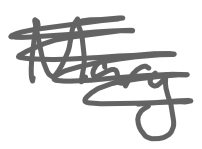
Text: Mary
Cross-out: scratch
Writing tool: digital_gray